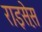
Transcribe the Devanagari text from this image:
राइस़ेस